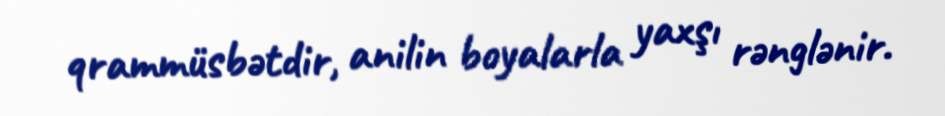
qrammüsbətdir, anilin boyalarla yaxşı rənglənir.